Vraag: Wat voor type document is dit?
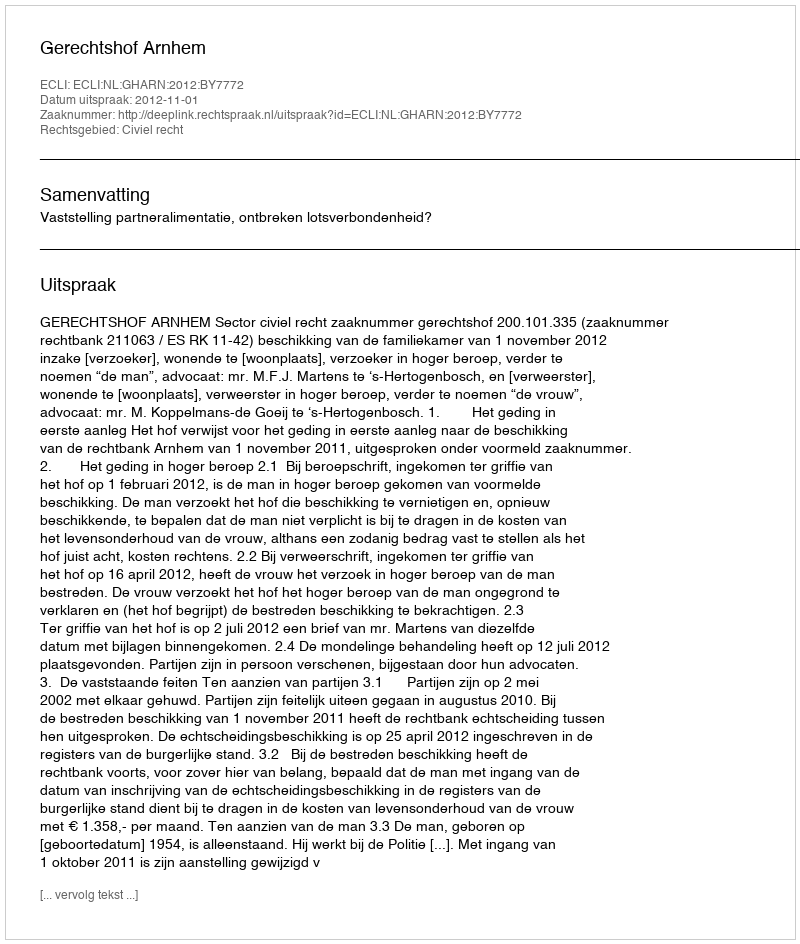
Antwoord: Uitspraak